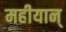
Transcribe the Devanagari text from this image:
महीयान्‌